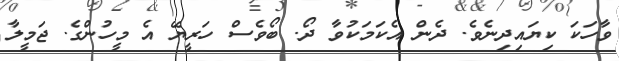
ވާހަކަ ކިޔައިދިނެވެ. ދެން އެކަމަކުވާ ދޯ. ބޯވެސް ހަރީޔޭ އެ މީހުންގެ. ޖަމީލާ